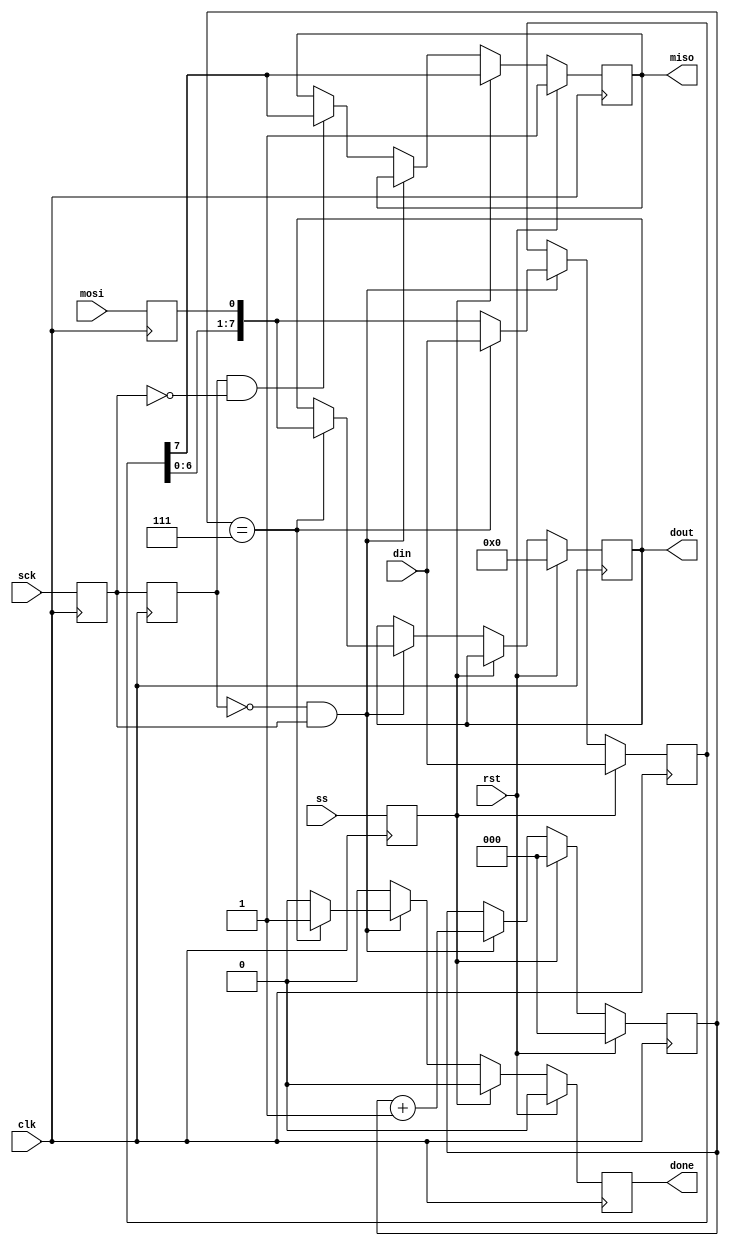
/*
The MIT License (MIT)

Copyright (c) 2015 Embedded Micro

Permission is hereby granted, free of charge, to any person obtaining a copy
of this software and associated documentation files (the "Software"), to deal
in the Software without restriction, including without limitation the rights
to use, copy, modify, merge, publish, distribute, sublicense, and/or sell
copies of the Software, and to permit persons to whom the Software is
furnished to do so, subject to the following conditions:

The above copyright notice and this permission notice shall be included in
all copies or substantial portions of the Software.

THE SOFTWARE IS PROVIDED "AS IS", WITHOUT WARRANTY OF ANY KIND, EXPRESS OR
IMPLIED, INCLUDING BUT NOT LIMITED TO THE WARRANTIES OF MERCHANTABILITY,
FITNESS FOR A PARTICULAR PURPOSE AND NONINFRINGEMENT. IN NO EVENT SHALL THE
AUTHORS OR COPYRIGHT HOLDERS BE LIABLE FOR ANY CLAIM, DAMAGES OR OTHER
LIABILITY, WHETHER IN AN ACTION OF CONTRACT, TORT OR OTHERWISE, ARISING FROM,
OUT OF OR IN CONNECTION WITH THE SOFTWARE OR THE USE OR OTHER DEALINGS IN
THE SOFTWARE.
*/
module spi(
    input clk,
    input rst,
    input ss,
    input mosi,
    output miso,
    input sck,
    output done,
    input [7:0] din,
    output [7:0] dout
  );
 
  reg mosi_d, mosi_q;
  reg ss_d, ss_q;
  reg sck_d, sck_q;
  reg sck_old_d, sck_old_q;
  reg [7:0] data_d, data_q;
  reg done_d, done_q;
  reg [2:0] bit_ct_d, bit_ct_q;
  reg [7:0] dout_d, dout_q;
  reg miso_d, miso_q;
 
  assign miso = miso_q;
  assign done = done_q;
  assign dout = dout_q;
 
  always @(*) begin
    ss_d = ss;
    mosi_d = mosi;
    miso_d = miso_q;
    sck_d = sck;
    sck_old_d = sck_q;
    data_d = data_q;
    done_d = 1'b0;
    bit_ct_d = bit_ct_q;
    dout_d = dout_q;
 
    if (ss_q) begin                           // if slave select is high (deselcted)
      bit_ct_d = 3'b0;                        // reset bit counter
      data_d = din;                           // read in data
      miso_d = data_q[7];                     // output MSB
    end else begin                            // else slave select is low (selected)
      if (!sck_old_q && sck_q) begin          // rising edge
        data_d = {data_q[6:0], mosi_q};       // read data in and shift
        bit_ct_d = bit_ct_q + 1'b1;           // increment the bit counter
        if (bit_ct_q == 3'b111) begin         // if we are on the last bit
          dout_d = {data_q[6:0], mosi_q};     // output the byte
          done_d = 1'b1;                      // set transfer done flag
          data_d = din;                       // read in new byte
        end
      end else if (sck_old_q && !sck_q) begin // falling edge
        miso_d = data_q[7];                   // output MSB
      end
    end
  end
 
  always @(posedge clk) begin
    if (rst) begin
      done_q <= 1'b0;
      bit_ct_q <= 3'b0;
      dout_q <= 8'b0;
      miso_q <= 1'b1;
    end else begin
      done_q <= done_d;
      bit_ct_q <= bit_ct_d;
      dout_q <= dout_d;
      miso_q <= miso_d;
    end
 
    sck_q <= sck_d;
    mosi_q <= mosi_d;
    ss_q <= ss_d;
    data_q <= data_d;
    sck_old_q <= sck_old_d;
 
  end
 
endmodule